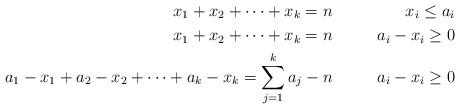
LaTeX: \begin{align*}x_{1} + x_{2} + \dots + x_{k} = n & & x_{i} \leq a_{i} \\x_{1} + x_{2} + \dots + x_{k} = n & & a_{i} - x_{i} \geq 0 \\a_{1} - x_{1} + a_{2} -x_{2} + \dots + a_{k} -x_{k} = \sum_{j=1}^{k} a_{j} - n & & a_{i}- x_{i} \geq 0 \\\end{align*}